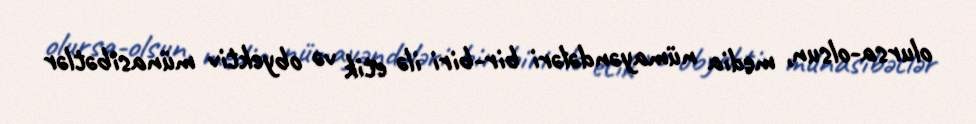
olursa-olsun, media nümayəndələri bir-biri ilə etik və obyektiv münasibətlər